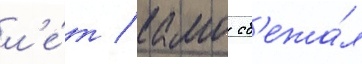
л'е́т / камо сб'ежа́л